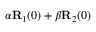
\alpha { \bf R } _ { 1 } ( 0 ) + \beta { \bf R } _ { 2 } ( 0 )